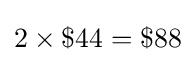
2\times \$44=\$88